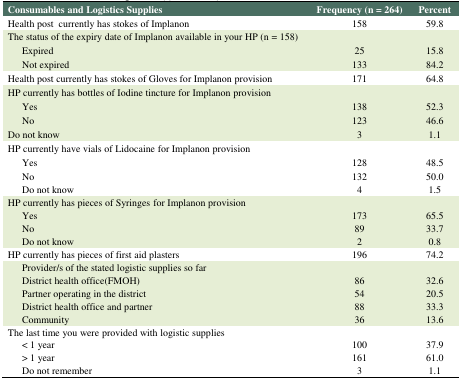
<table><thead><tr><td><b>Consumables and Logistics Supplies</b></td><td><b>Frequency (n = 264)</b></td><td><b>Percent</b></td></tr></thead><tbody><tr><td>Health post currently has stokes of Implanon</td><td>158</td><td>59.8</td></tr><tr><td>The status of the expiry date of Implanon available in your HP (n = 158)</td><td></td><td></td></tr><tr><td>Expired</td><td>25</td><td>15.8</td></tr><tr><td>Not expired</td><td>133</td><td>84.2</td></tr><tr><td>Health post currently has stokes of Gloves for Implanon provision</td><td>171</td><td>64.8</td></tr><tr><td>HP currently has bottles of Iodine tincture for Implanon provision</td><td></td><td></td></tr><tr><td>Yes</td><td>138</td><td>52.3</td></tr><tr><td>No</td><td>123</td><td>46.6</td></tr><tr><td>Do not know</td><td>3</td><td>1.1</td></tr><tr><td>HP currently have vials of Lidocaine for Implanon provision</td><td></td><td></td></tr><tr><td>Yes</td><td>128</td><td>48.5</td></tr><tr><td>No</td><td>132</td><td>50.0</td></tr><tr><td>Do not know</td><td>4</td><td>1.5</td></tr><tr><td>HP currently has pieces of Syringes for Implanon provision</td><td></td><td></td></tr><tr><td>Yes</td><td>173</td><td>65.5</td></tr><tr><td>No</td><td>89</td><td>33.7</td></tr><tr><td>Do not know</td><td>2</td><td>0.8</td></tr><tr><td>HP currently has pieces of first aid plasters</td><td>196</td><td>74.2</td></tr><tr><td>Provider/s of the stated logistic supplies so far</td><td></td><td></td></tr><tr><td>District health office(FMOH)</td><td>86</td><td>32.6</td></tr><tr><td>Partner operating in the district</td><td>54</td><td>20.5</td></tr><tr><td>District health office and partner</td><td>88</td><td>33.3</td></tr><tr><td>Community</td><td>36</td><td>13.6</td></tr><tr><td>The last time you were provided with logistic supplies</td><td></td><td></td></tr><tr><td>&lt; 1 year</td><td>100</td><td>37.9</td></tr><tr><td>&gt; 1 year</td><td>161</td><td>61.0</td></tr><tr><td>Do not remember</td><td>3</td><td>1.1</td></tr></tbody></table>